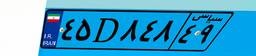
۴۵D۸۴۸۴۹